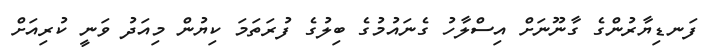
ފަނޑިޔާރުންގެ ގާނޫނަށް އިސްލާހު ގެނައުމުގެ ބިލުގެ ފުރަތަމަ ކިޔުން މިއަދު ވަނީ ކުރިއަށް